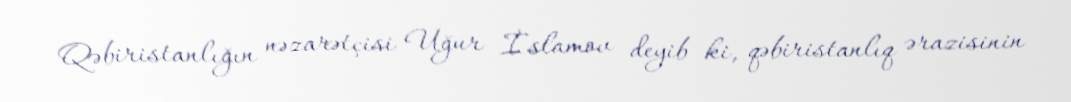
Qəbiristanlığın nəzarətçisi Uğur İslamov deyib ki, qəbiristanlıq ərazisinin